Civil Veterinary Department. United Provinces 1932-42 - 1932-1942
Year: 1932
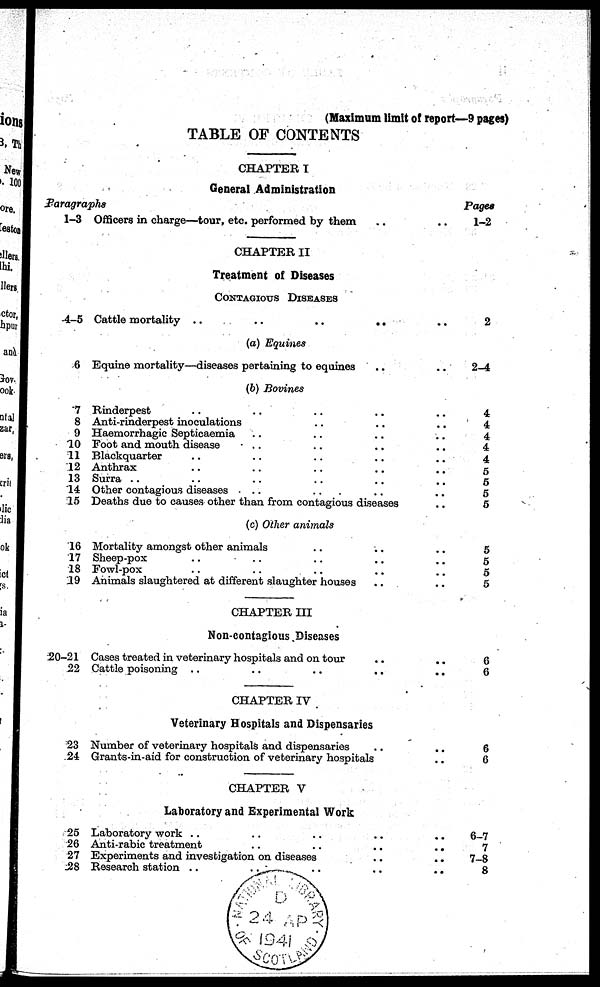
(Maximum limit of report—9 pages)
TABLE OF CONTENTS
CHAPTER I
General Administration
Paragraphs
1-3
4-5
6
7
8
9
10
11
12
13
14
15
16
17
18
19
20-21
22
23
24
25
26
27
28
Officers in charge—tour, etc. performed by them .. ..
CHAPTER II
Treatment of Diseases
CONTAGIOUS DISEASES
Cattle mortality ..
..
..
.. ..
(a) Equines
Equine mortality—diseases pertaining to equines .. ..
(b) Bovines
Rinderpest .. .. .. .. ..
Anti-rinderpest inoculations .. .. ..
Haemorrhagic Septicaemia .. .. ..
Foot and mouth disease .. .. ..
Blackquarter .. .. .. .. ..
Anthrax .. .. .. .. ..
Surra .. .. .. .. ..
Other contagious diseases .. .. .. ..
Deaths due to causes other than from contagious diseases ..
(c) Other animals
Mortality amongst other animals .. .. ..
Sheep-pox .. .. .. .. ..
Fowl-pox .. .. .. .. ..
Animals slaughtered at different slaughter houses .. ..
CHAPTER III
Non-contagious Diseases
Cases treated in veterinary hospitals and on tour .. ..
Cattle poisoning .. .. .. .. ..
CHAPTER IV
Veterinary Hospitals and Dispensaries
Number of veterinary hospitals and dispensaries .. ..
Grants-in-aid for construction of veterinary hospitals ..
CHAPTER V
Laboratory and Experimental Work
Laboratory work .. .. .. .. ..
Anti-rabic treatment
..
..
..
..
Experiments and investigation on diseases .. ..
Research station ..
..
..
..
..
Pages
1-2
2
2-4
4
4
4
4
4
5
5
5
5
5
5
5
5
6
6
6
6
6-7
7
7-8
8